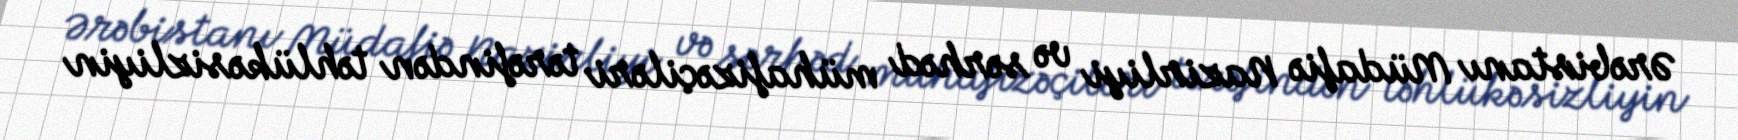
Ərəbistanı Müdafiə Nazirliyi və sərhəd mühafizəçiləri tərəfindən təhlükəsizliyin